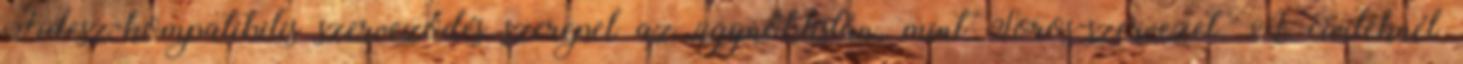
Fidesz-kompatibilis szerveződés szerepel az ügynöklistán, mint Soros-szervezet. A civileknél